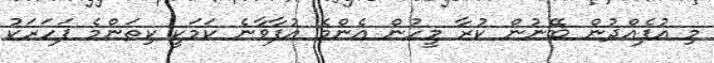
މި އުފެއްދުން ބޭނުން ކުރާ މީހުން އެންމެ އުފާވާނެ ކަމަކީ ކިތަންމެ ފަހަރަކު